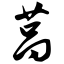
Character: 莴